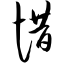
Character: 惜